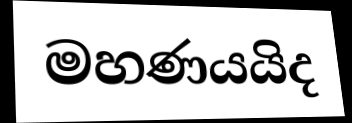
මහණයයිද